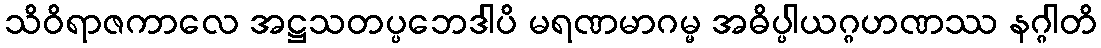
သိဝိရာဇကာလေ အဋ္ဌသတပ္ပဘေဒါပိ မရဏမာဂမ္မ အဓိပ္ပါယဂ္ဂဟဏဿ နဂ္ဂါတိ